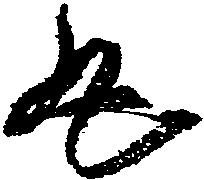
丸